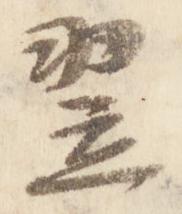
翌